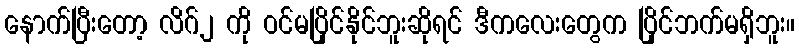
နောက်ပြီးတော့ လိဂ်၂ ကို ဝင်မပြိုင်နိုင်ဘူးဆိုရင် ဒီကလေးတွေက ပြိုင်ဘက်မရှိဘူး။